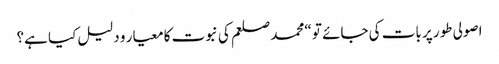
اصولی طور پر بات کی جائے تو “محمد صلعم کی نبوت کا معیار و دلیل کیا ہے؟